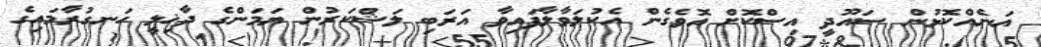
އަނެއްކޮޅުން ސައޫދީ އިސްކޮށް އޮވެގެން އެކުލަވާލާފައިވާ އަރަބި ލަޝްކަރުން ޔަމަންގެ ދާޚިލީ ހަނގުރާމައިގެ